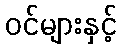
ဝင်များနှင့်